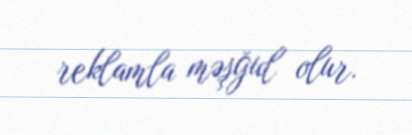
reklamla məşğul olur.